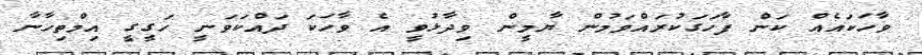
ވާހަކައެއް ކަން ފާހަގަކުރައްވަމުން ޔާމީން ވިދާޅުވީ އެ ވާހަކަ ދައްކަވަނީ ހަގީގީ އިމްތިހާނާ